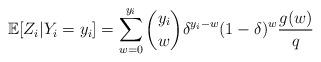
LaTeX: \begin{align*}\mathbb{E}[Z_i|Y_i=y_i]= \sum_{w=0}^{y_i} {{y_i}\choose{w}} \delta^{y_i-w} (1-\delta)^{w} \frac{g(w)}{q}\end{align*}